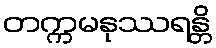
တက္ကမနုဿရန္တိ